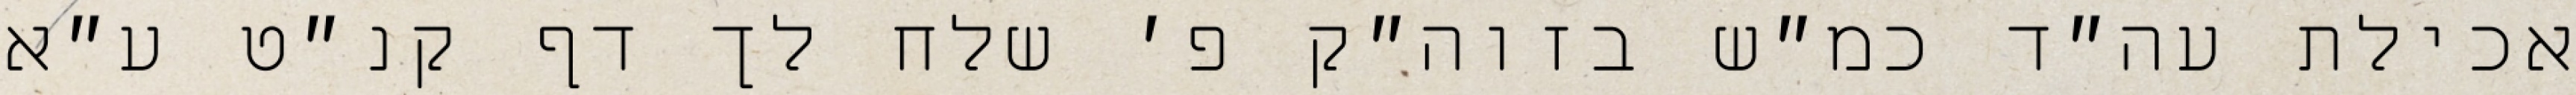
אכילת עה״ד כמ״ש בזוה״ק פ׳ שלח לך דף קנ״ט ע״א